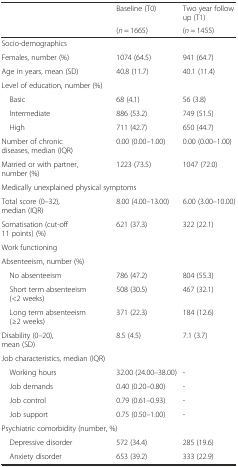
| <ROWSPAN=2>  | Baseline (T0) | Two year follow up (T1) |
 | (n = 1665) | (n = 1455) |
 | --- | --- | --- |
 | <COLSPAN=3> Socio-demographics |
 | Females, number (%) | 1074 (64.5) | 941 (64.7) |
 | Age in years, mean (SD) | 40.8 (11.7) | 40.1 (11.4) |
 | <COLSPAN=3> Level of education, number (%) |
 | Basic | 68 (4.1) | 56 (3.8) |
 | Intermediate | 886 (53.2) | 749 (51.5) |
 | High | 711 (42.7) | 650 (44.7) |
 | Number of chronic diseases, median (IQR) | 0.00 (0.00–1.00) | 0.00 (0.00–1.00) |
 | Married or with partner, number (%) | 1223 (73.5) | 1047 (72.0) |
 | <COLSPAN=3> Medically unexplained physical symptoms |
 | Total score (0–32), median (IQR) | 8.00 (4.00–13.00) | 6.00 (3.00–10.00) |
 | Somatisation (cut-off 11 points) (%) | 621 (37.3) | 322 (22.1) |
 | <COLSPAN=3> Work functioning |
 | <COLSPAN=3> Absenteeism, number (%) |
 | No absenteeism | 786 (47.2) | 804 (55.3) |
 | Short term absenteeism (<2 weeks) | 508 (30.5) | 467 (32.1) |
 | Long term absenteeism (≥2 weeks) | 371 (22.3) | 184 (12.6) |
 | Disability (0–20), mean (SD) | 8.5 (4.5) | 7.1 (3.7) |
 | <COLSPAN=3> Job characteristics, median (IQR) |
 | Working hours | 32.00 (24.00–38.00) | - |
 | Job demands | 0.40 (0.20–0.80) | - |
 | Job control | 0.79 (0.61–0.93) | - |
 | Job support | 0.75 (0.50–1.00) | - |
 | <COLSPAN=3> Psychiatric comorbidity (number, %) |
 | Depressive disorder | 572 (34.4) | 285 (19.6) |
 | Anxiety disorder | 653 (39.2) | 333 (22.9) |